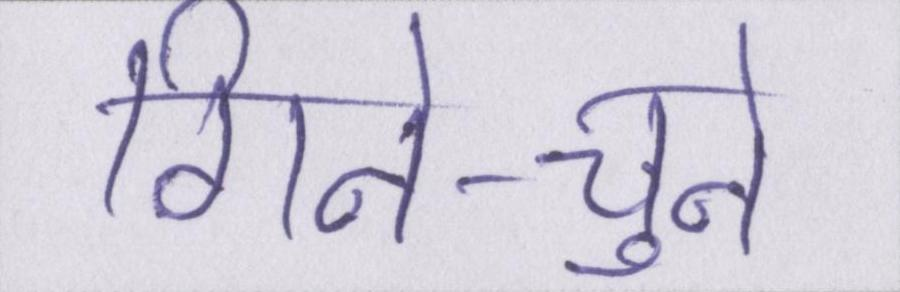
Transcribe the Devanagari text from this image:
गिने-चुने